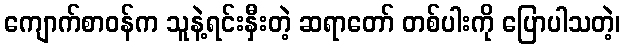
ကျောက်စာဝန်က သူနဲ့ရင်းနှီးတဲ့ ဆရာတော် တစ်ပါးကို ပြောပါသတဲ့၊